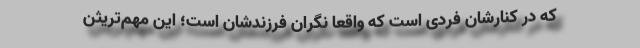
که در کنارشان فردی است که واقعا نگران فرزندشان است؛ این مهم‌تریثن